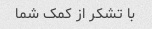
با تشکر از کمک شما